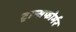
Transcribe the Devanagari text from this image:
ट्रान्सफोर्मर